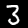
Label: 3